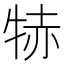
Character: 𤙮